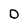
Character: O